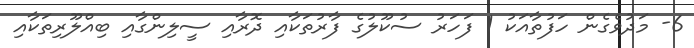
6- މަދުވެގެން ހަފުތާއަކު 1 ފަހަރު ސުކޫލުގެ ފާރުތަކާއި ދޮރާއި ސީލިންގާއި ބިއްލޫރިތަކާއި